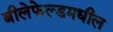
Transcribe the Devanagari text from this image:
बीलेफेल्डमधील